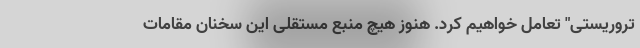
تروریستی" تعامل خواهیم کرد. هنوز هیچ منبع مستقلی این سخنان مقامات